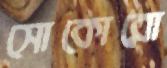
সোকোরো